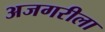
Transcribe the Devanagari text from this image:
अजगरीला